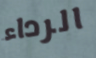
الرداء